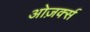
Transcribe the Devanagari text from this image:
ओज़र्क्स